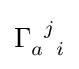
\Gamma _{a\;\;i}^{\;\;j}